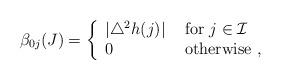
LaTeX: \begin{align*}\beta_{0j}(J) = \left\{ \begin{array}{ll} |\triangle^2h(j) | &\mbox{ for }j\in \mathcal I\\ 0 &\mbox{ otherwise ,} \end{array} \right.\end{align*}